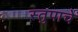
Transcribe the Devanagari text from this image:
स्तुपाचे